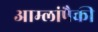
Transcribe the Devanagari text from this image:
आम्लांपैकी